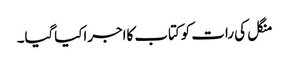
منگل کی رات کوکتاب کااجراکیاگیا۔